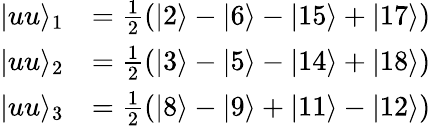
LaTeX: \begin{array}{rl}{\vert uu\rangle_{1}}&{=\frac{1}{2}(\vert 2\rangle-\vert 6\rangle-\vert 15\rangle+\vert 17\rangle)}\\ {\vert uu\rangle_{2}}&{=\frac{1}{2}(\vert 3\rangle-\vert 5\rangle-\vert 14\rangle+\vert 18\rangle)}\\ {\vert uu\rangle_{3}}&{=\frac{1}{2}(\vert 8\rangle-\vert 9\rangle+\vert 11\rangle-\vert 12\rangle)}\end{array}